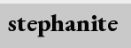
stephanite